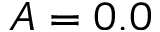
A = 0 . 0